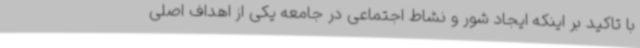
با تاکید بر اینکه ایجاد شور و نشاط اجتماعی در جامعه یکی از اهداف اصلی